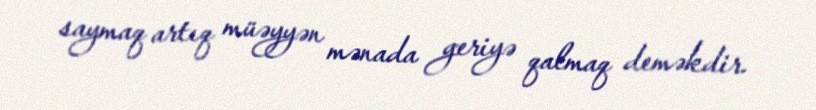
saymaq artıq müəyyən mənada geriyə qalmaq deməkdir.